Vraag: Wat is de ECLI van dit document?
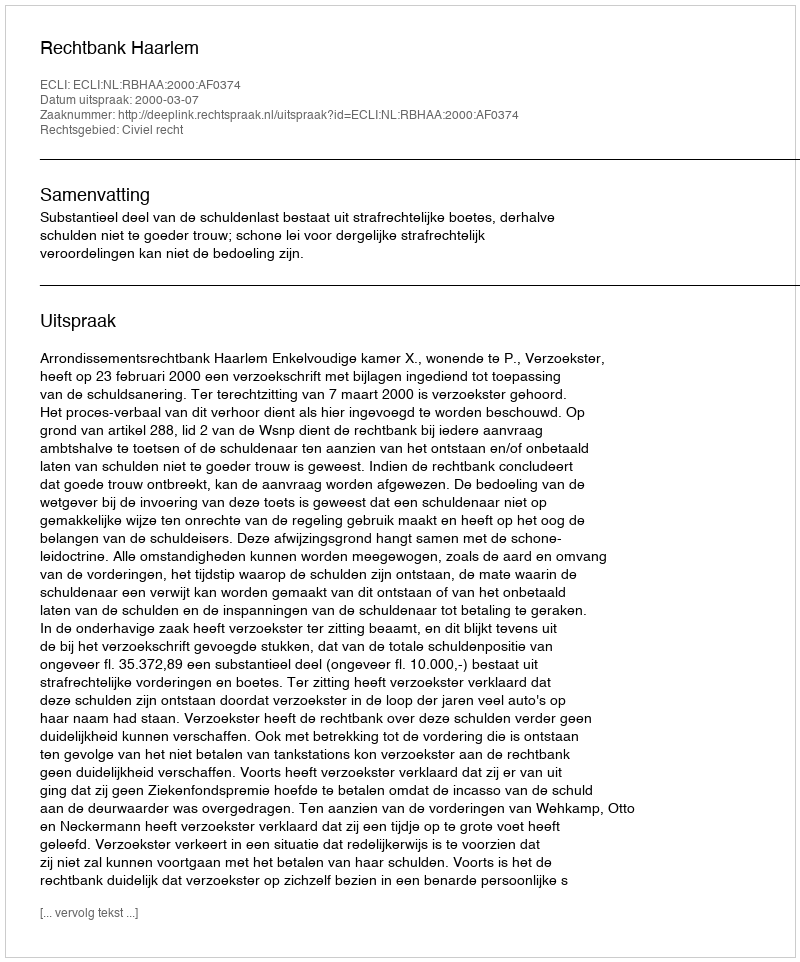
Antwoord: ECLI:NL:RBHAA:2000:AF0374